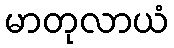
မာတုလာယံ